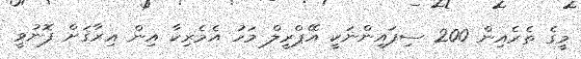
މީގެ ތެރެއިން 200 ސިފައިންނަކީ އޭޕްރީލް މަހު އެމެރިކާ އިން އިރާޤަށް ފޮނުވީ